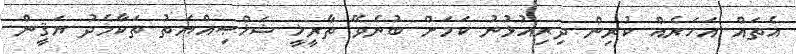
އެތައް އަހަރެއް ކުރިން ދިރިއުޅުނު ކަމަށް ބުނެވޭ ތާރީޚީ ޝަޚްޞިއްޔަތު ތަކާމެދު ޔަޤީން